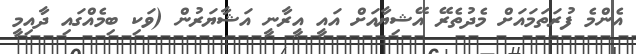
އެންމެ ފުރަތަމައަށް މެދުތެރޭ އޭޝިޔާއަށް އައީ އީރާނީ އަޝާޔަރުން (ވަކި ބިމެއްގައި ދާއިމީ